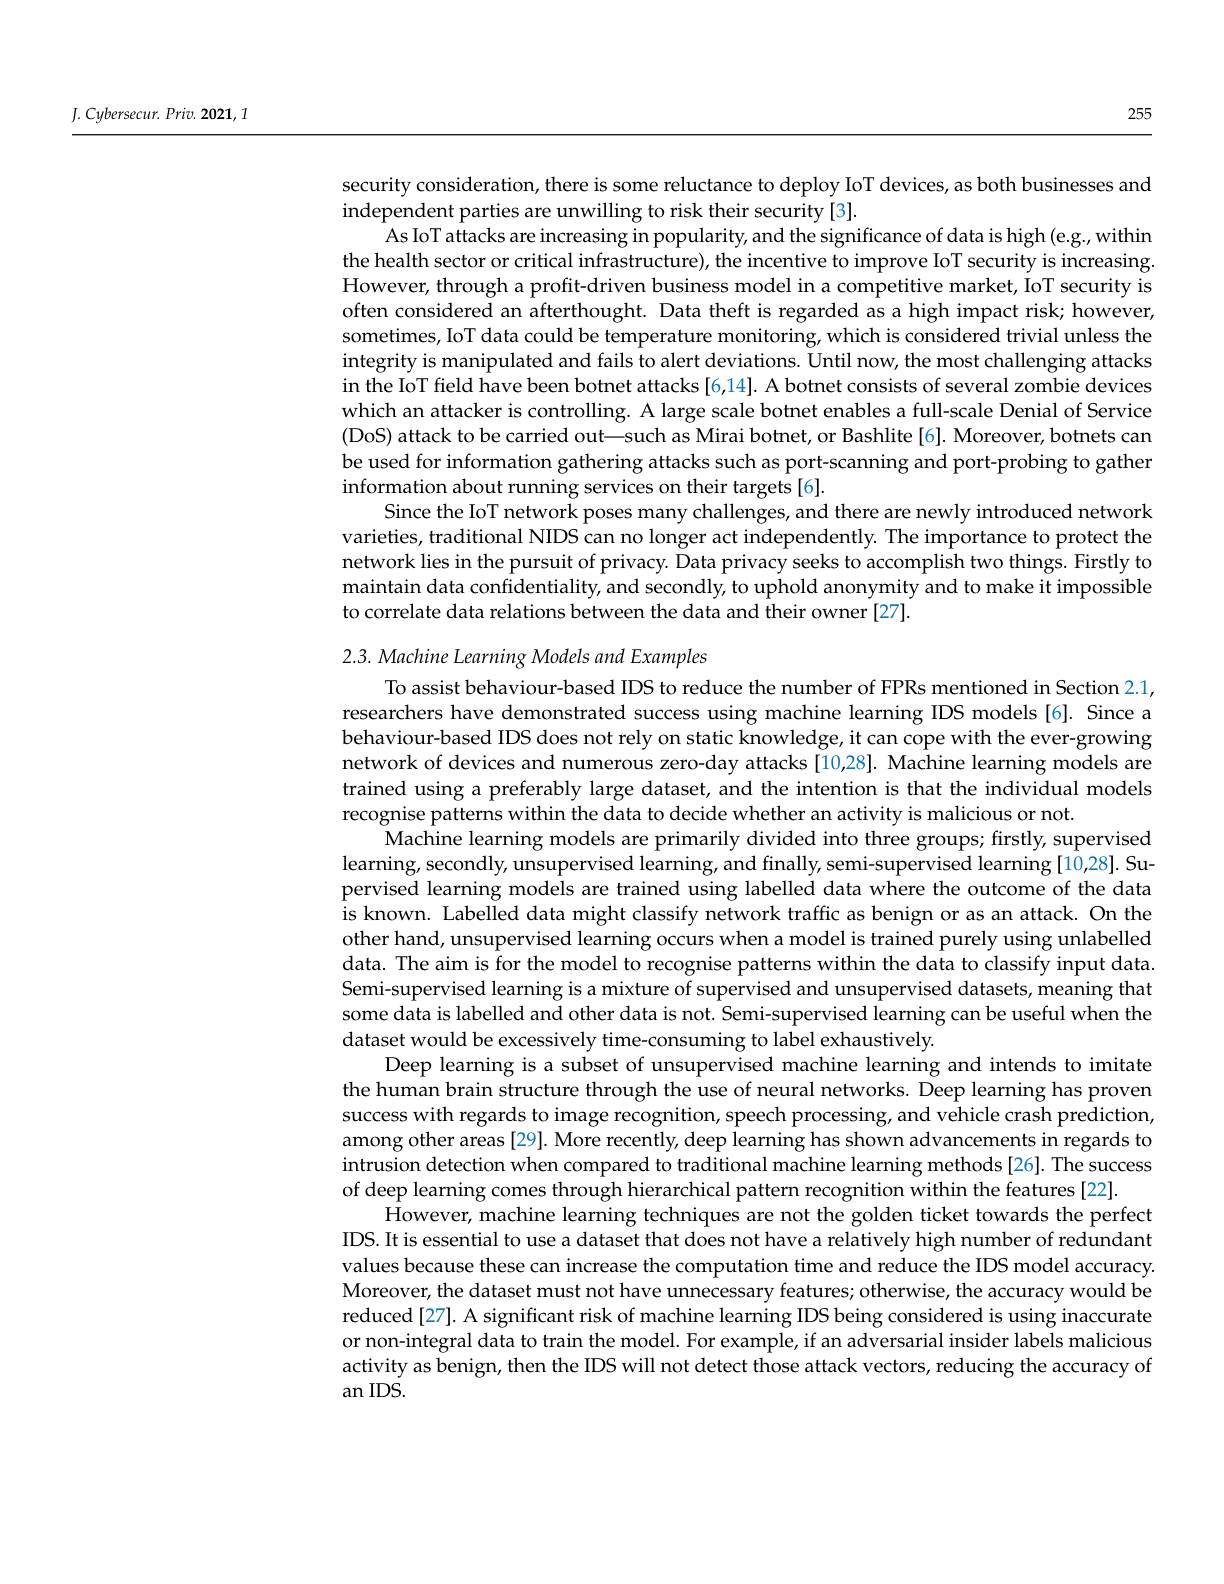
$J.$ $Cybersecur.$ $Priv.$ 2021, $l$

255

security consideration, there is some reluctance to deploy IoT devices, as both businesses and
independent parties are unwilling to risk their security [3].
As IoT attacks are increasing in popularity, and the significance of data is high (e.g., within the health sector or critical infrastructure), the incentive to improve IoT security is increasing. However, through a profit-driven business model in a competitive market, IoT security is often considered an afterthought. Data theft is regarded as a high impact risk; however, sometimes, IoT data could be temperature monitoring, which is considered trivial unless the integrity is manipulated and fails to alert deviations. Until now, the most challenging attacks in the IoT field have been botnet attacks [6,14]. A botnet consists of several zombie devices which an attacker is controlling. A large scale botnet enables a full-scale Denial of Service (DoS) attack to be carried out—such as Mirai botnet, or Bashlite[6]. Moreover, botnets can be used for information gathering attacks such as port-scanning and port-probing to gather information about running services on their targets[6].
Since the IoT network poses many challenges, and there are newly introduced network varieties, traditional NIDS can no longer act independently. The importance to protect the network lies in the pursuit of privacy. Data privacy seeks to accomplish two things. Firstly to maintain data confidentiality, and secondly, to uphold anonymity and to make it impossible to correlate data relations between the data and their owner [27].

2.3. Machine Learning Models and Examples

To assist behaviour-based IDS to reduce the number of FPRs mentioned in Section 2.1, researchers have demonstrated success using machine learning IDS models[6]. Since a behaviour-based IDS does not rely on static knowledge, it can cope with the ever-growing network of devices and numerous zero-day attacks [10,28]. Machine learning models are trained using a preferably large dataset, and the intention is that the individual models recognise patterns within the data to decide whether an activity is malicious or not
Machine learning models are primarily divided into three groups; firstly, supervised learning, secondly, unsupervised learning, and finally, semi-supervised learning [10,28]. Supervised learning models are trained using labelled data where the outcome of the data is known. Labelled data might classify network traffic as benign or as an attack. On the other hand, unsupervised learning occurs when a model is trained purely using unlabelled data. The aim is for the model to recognise patterns within the data to classify input data. Semi-supervised learning is a mixture of supervised and unsupervised datasets, meaning that some data is labelled and other data is not. Semi-supervised learning can be useful when the dataset would be excessively time-consuming to label exhaustively.
Deep learning is a subset of unsupervised machine learning and intends to imitate the human brain structure through the use of neural networks. Deep learning has proven success with regards to image recognition, speech processing, and vehicle crash prediction, among other areas [29]. More recently, deep learning has shown advancements in regards to intrusion detection when compared to traditional machine learning methods [26]. The success of deep learning comes through hierarchical pattern recognition within the features [22].
However, machine learning techniques are not the golden ticket towards the perfect IDS. It is essential to use a dataset that does not have a relatively high number of redundant values because these can increase the computation time and reduce the IDS model accuracy. Moreover, the dataset must not have unnecessary features; otherwise, the accuracy would be reduced [27]. A significant risk of machine learning IDS being considered is using inaccurate or non-integral data to train the model. For example, if an adversarial insider labels malicious activity as benign, then the IDS will not detect those attack vectors, reducing the accuracy of an IDS.